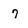
Character: 7